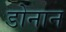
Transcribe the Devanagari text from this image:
डोनान